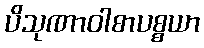
ပိသုဏာဝါစာပစ္စယာ